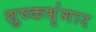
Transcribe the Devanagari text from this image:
शुष्कभृंगार